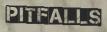
PITFALLS